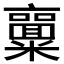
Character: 𱹨